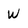
Character: W